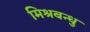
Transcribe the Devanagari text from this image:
मिश्रबन्धु